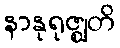
နာနုရုဇ္ဈတိ